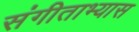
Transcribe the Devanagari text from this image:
संगीताभ्यास